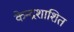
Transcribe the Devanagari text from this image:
केन्द्रशाशित